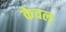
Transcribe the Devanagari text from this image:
केवल्